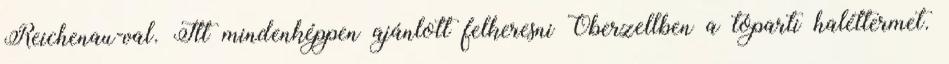
Reichenau-val. Itt mindenképpen ajánlott felkeresni Oberzellben a tóparti haléttermet.